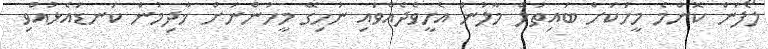
ލޯފަން ކޮންމެ މީހަކަށް ބައިތުލް މާލުން އެހީވެދެއްވައި ނުހިގޭ މީހުންނަށް ޚާދިމުން ކަނޑައެޅުއްވި